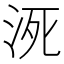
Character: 𰛠